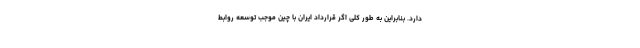
دارد. بنابراین به طور کلی اگر قرارداد ایران با چین موجب توسعه روابط